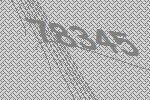
78345